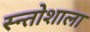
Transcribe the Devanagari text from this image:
स्न्तोशाला